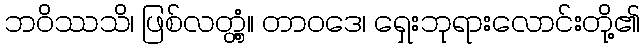
ဘဝိဿသိ၊ ဖြစ်လတ္တံ့။ တာဝဒေ၊ ရှေးဘုရားလောင်းတို့၏